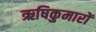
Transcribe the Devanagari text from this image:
ऋषिकुमारों